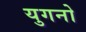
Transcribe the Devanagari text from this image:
युगनो